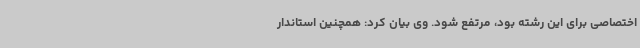
اختصاصی برای این رشته بود، مرتفع شود. وی بیان کرد: همچنین استاندار